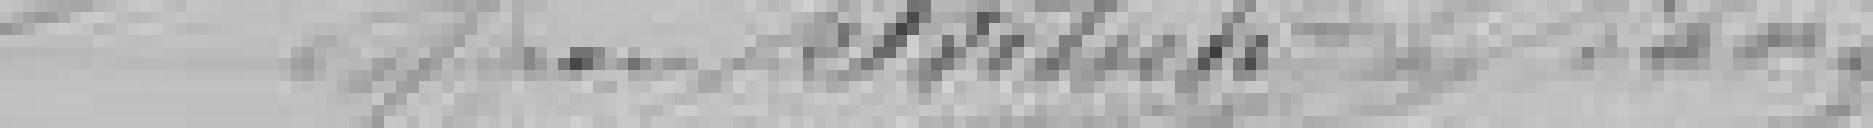
?????????????  FRITSCH   ...